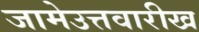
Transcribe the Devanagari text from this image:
जामेउत्तवारीख